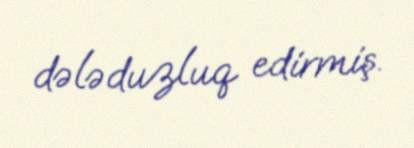
dələduzluq edirmiş.